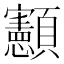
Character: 𮨥